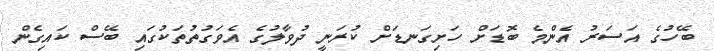
ބޭހުގެ އަސަރު އެންމެ ބޮޑަށް ހަށިގަނޑަށް ކުރަނީ ދުވާލުގެ އެވަގުތުތަކުގައި ބޭސް ކައިގެން